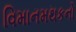
વિમાનમથકનો